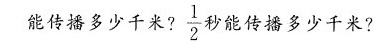
能传播多少千米? \frac{1}{2}秒能传播多少千米?